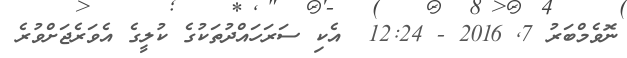
ނޮވެމްބަރު 7